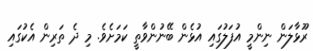
ރޫޅާލަން ނިންމީ އުފަލުގައި އުޅެން ބޭނުންވާތީ ކަމަށެވެ. މި ދެ ތަރިން އެކުގައި